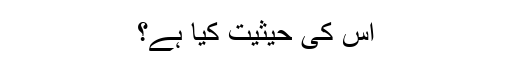
اس کی حیثیت کیا ہے؟